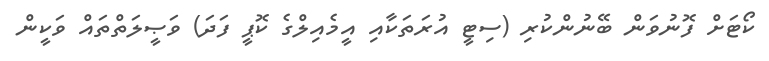
ކޯޓަށް ފޮނުވަން ބޭނުންކުރި (ސިޓީ އުރަތަކާއި އީމެއިލްގެ ކޮޕީ ފަދަ) ވަޞީލަތްތައް ވަކީން